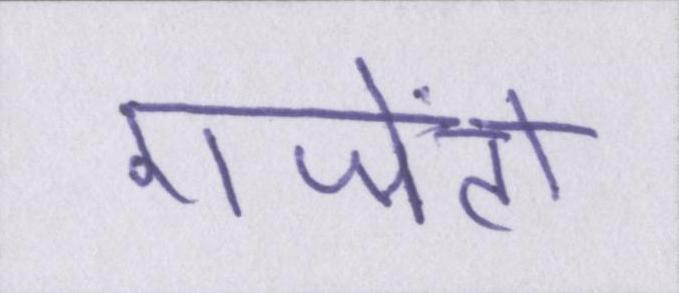
एजेंटों